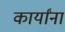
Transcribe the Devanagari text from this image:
कार्यांना